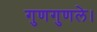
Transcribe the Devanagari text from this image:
गुणगुणले।